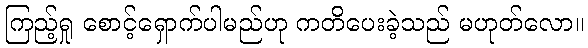
ကြည့်ရှု စောင့်ရှောက်ပါမည်ဟု ကတိပေးခဲ့သည် မဟုတ်လော။